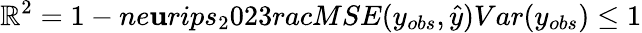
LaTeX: \mathbb{R}^{2}=1-ne\mathbf{u}rips_{2}023rac{MSE(y_{obs},\hat{{y}})}{Var(y_{obs})}\leq1